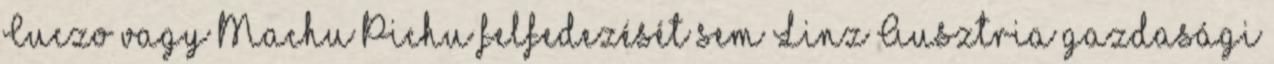
Cuczo vagy Machu Pichu felfedezését sem Linz Ausztria gazdasági